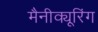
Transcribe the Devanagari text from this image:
मैनीक्यूरिंग